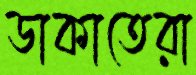
ডাকাতেরা